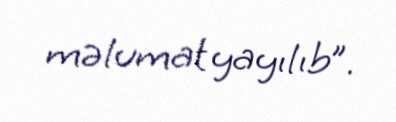
məlumat yayılıb”.